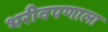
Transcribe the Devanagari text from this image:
भरीवपणाला